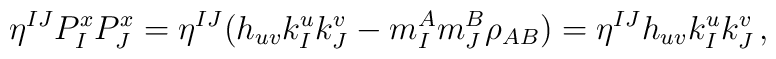
\eta^{IJ} P^x_I P^x_J = \eta^{IJ} \big( h_{uv} k^u_I k^v_J - m^A_I m^B_J  \rho_{AB} \big) = \eta^{IJ} h_{uv} k^u_I k^v_J \, ,